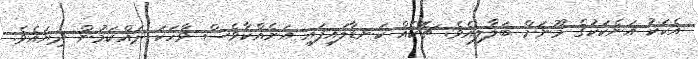
އެކަކު އަނެކަކުގެ މޫނަށް ބަލާލިއެވެ. ޗޮކެއް ކަނޑާލައިފައި އަނެއްކާވެސް ވާހަކަ ދައްކަމުން ދިޔައެވެ.